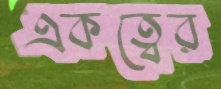
একত্বের